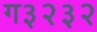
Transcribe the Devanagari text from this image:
ग३२३२